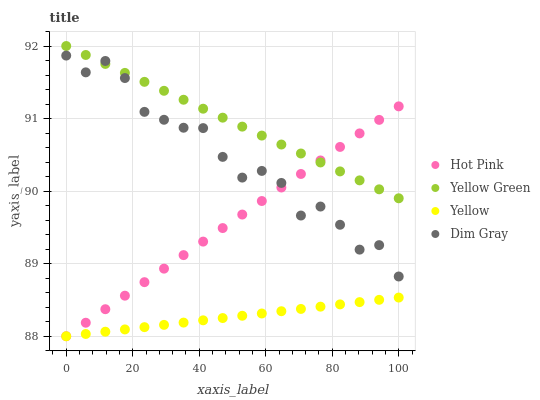
| xaxis_label | Hot Pink | Yellow Green | Yellow | Dim Gray |
 | --- | --- | --- | --- | --- |
 | 0 | 88 | 92 | 88 | 91.9 |
 | 5.88 | 88.2 | 91.9 | 88 | 91.6 |
 | 11.8 | 88.4 | 91.8 | 88.1 | 91.8 |
 | 17.6 | 88.6 | 91.6 | 88.1 | 91.6 |
 | 23.5 | 88.7 | 91.5 | 88.1 | 91.1 |
 | 29.4 | 88.9 | 91.4 | 88.2 | 91 |
 | 35.3 | 89.1 | 91.3 | 88.2 | 90.9 |
 | 41.2 | 89.3 | 91.1 | 88.2 | 90.9 |
 | 47.1 | 89.5 | 91 | 88.3 | 90.5 |
 | 52.9 | 89.7 | 90.9 | 88.3 | 90.2 |
 | 58.8 | 89.9 | 90.8 | 88.3 | 90.3 |
 | 64.7 | 90.1 | 90.6 | 88.3 | 90.1 |
 | 70.6 | 90.2 | 90.5 | 88.4 | 89.7 |
 | 76.5 | 90.4 | 90.4 | 88.4 | 89.8 |
 | 82.4 | 90.6 | 90.3 | 88.4 | 89.5 |
 | 88.2 | 90.8 | 90.1 | 88.5 | 89.2 |
 | 94.1 | 91 | 90 | 88.5 | 89.3 |
 | 100 | 91.2 | 89.9 | 88.5 | 88.8 |